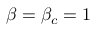
\beta = \beta _ { c } = 1